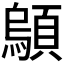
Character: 𫖤